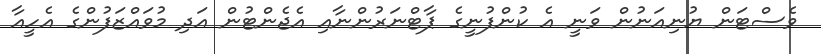
ވެސްޓަން ޔުނިއަނުން ވަނީ އެ ކުންފުނީގެ ޕާޓްނަރުންނާއި އެޖެންޓުން އަދި މުވައްޒަފުންގެ އެހީއާ